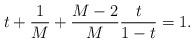
LaTeX: \begin{align*} t + \frac{1}{M} + \frac{M-2}{M} \frac{t}{1-t} = 1. \end{align*}